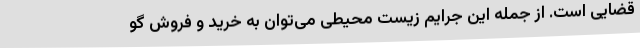
قضایی است. از جمله این جرایم زیست محیطی می‌توان به خرید و فروش گو